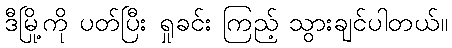
ဒီမြို့ကို ပတ်ပြီး ရှုခင်း ကြည့် သွားချင်ပါတယ်။